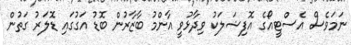
ނަމަވެސް އެސްޓީއޯގެ އޮފިޝަލަކު ވިދާޅުވީ އާންމު ބާޒާރުން ބޮޑު އަގުގައި ޑޮލަރު ގަތުން